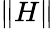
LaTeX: \| H\|